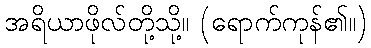
အရိယာဖိုလ်တို့သို့။ (ရောက်ကုန်၏။)